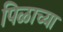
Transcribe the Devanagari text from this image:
पिळाच्या